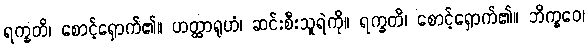
ရက္ခတိ၊ စောင့်ရှောက်၏။ ဟတ္ထာရုဟံ၊ ဆင်းစီးသူရဲကို။ ရက္ခတိ၊ စောင့်ရှောက်၏။ ဘိက္ခဝေ၊